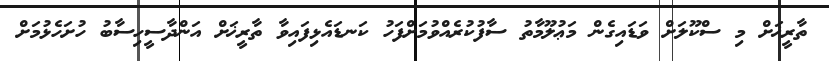
ތާރީޚަށް މި ސްކޫލަށް ވަޑައިގެން މަޢުލޫމާތު ސާފުކުރެއްވުމަށްފަހު ކަނޑައެޅިފައިވާ ތާރީޚަށް އަންދާސީހިސާބު ހުށަހެޅުމަށް